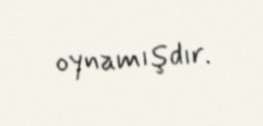
oynamışdır.